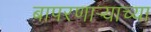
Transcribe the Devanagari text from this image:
बापरणार्‍याच्या